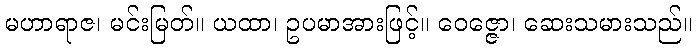
မဟာရာဇ၊ မင်းမြတ်။ ယထာ၊ ဥပမာအားဖြင့်။ ဝေဇ္ဇော၊ ဆေးသမားသည်။